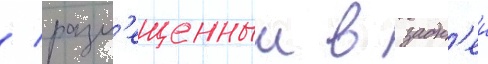
/ разм'ещенныи в задн'еи